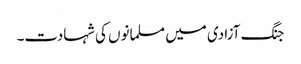
جنگ آزادی میں مسلمانوں کی شہادت۔